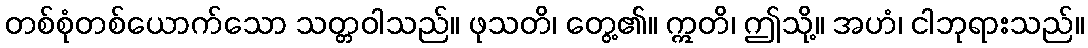
တစ်စုံတစ်ယောက်သော သတ္တဝါသည်။ ဖုသတိ၊ တွေ့၏။ ဣတိ၊ ဤသို့။ အဟံ၊ ငါဘုရားသည်။